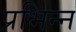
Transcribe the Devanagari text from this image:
प्रभिन्न